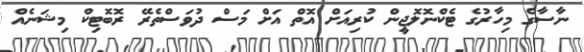
ނާސާގެ މިހާރުގެ ޓެކްނޮލޮޖީން ކުރިއަށް އޮތް އަށް މަސް ދުވަސްތެރޭ ރޮބޮޓިކް މިޝަނެއް